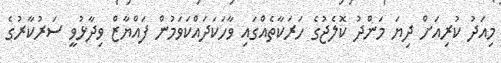
މިއަދު ކުރިއަށް ދިޔަ މަންދު ކޮލެޖުގެ ހަރަކާތެއްގައި ވާހަކަދައްކަވަމުން ފައްޔާޒް ވިދާޅުވީ ސަރުކާރުގެ